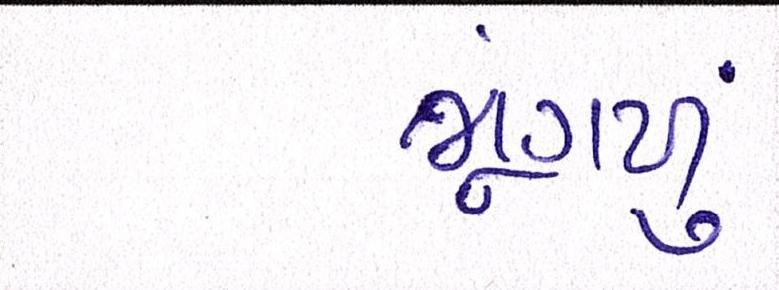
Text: ભૂંગળું